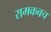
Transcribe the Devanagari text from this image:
रामकवच